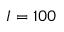
I = 1 0 0